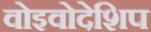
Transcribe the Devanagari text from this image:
वोइवोदेशिप